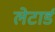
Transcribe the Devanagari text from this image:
लेटार्ड